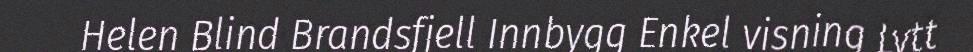
Helen Blind Brandsfjell Innbygg Enkel visning Lytt